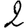
Digit: 2